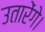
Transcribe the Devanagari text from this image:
उतारेंगे।